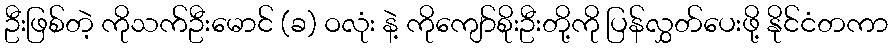
ဦးဖြစ်တဲ့ ကိုသက်ဦးမောင် (ခ) ဝလုံး နဲ့ ကိုကျော်စိုးဦးတို့ကို ပြန်လွှတ်ပေးဖို့ နိုင်ငံတကာ